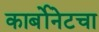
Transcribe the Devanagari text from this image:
कार्बोनेटचा